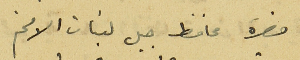
حضرة محافظ جبل لبنان الافخم